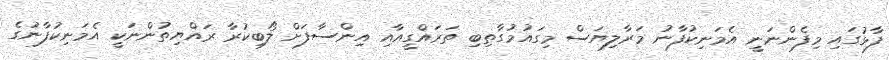
ފާޅުގައި މިފެންނަނީ އެމަނިކުފާނު މަރާލިޔަސް މިގައުމުގާތިބި ތަރައްގީއާއި އިންސާފަށް ލޯބިކުރާ ރައްޔިތުންނަކީ އެމަނިކުފާނުގެ